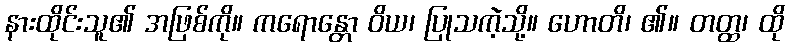
နားထိုင်းသူ၏ အဖြစ်ကို။ ကရောန္တော ဝိယ၊ ပြုသကဲ့သို့။ ဟောတိ၊ ၏။ တတ္ထ၊ ထို